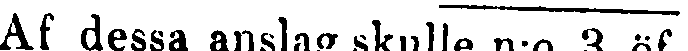
Af dessa anslag skulle n:o 3 öf-